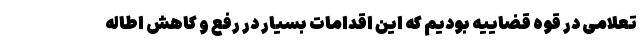
تعلامی در قوه قضاییه بودیم که این اقدامات بسیار در رفع و کاهش اطاله